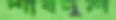
শাবদুল